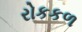
રોકકળ